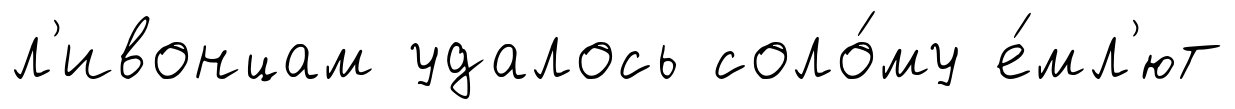
л'ивонцам удалось соло́му е́мл'ют